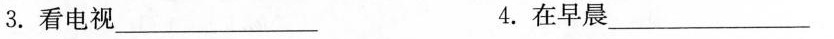
3.看电视___ 4.在早晨___